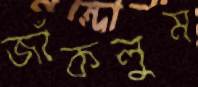
জাঁকলুম